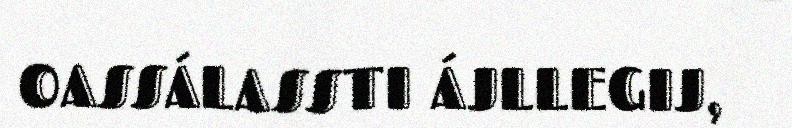
OASSÁLASSTI ÁJLLEGIJ,